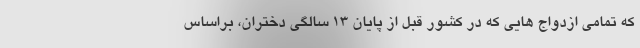
که تمامی ازدواج هایی که در کشور قبل از پایان ۱۳ سالگی دختران، براساس